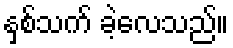
နှစ်သက် ခဲ့လေသည်။